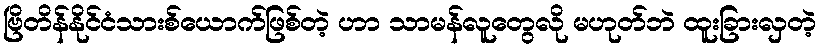
ဗြိတိန်နိုင်ငံသားစ်ယောက်ဖြစ်တဲ့ ဟာ သာမန်လူတွေလို မဟုတ်ဘဲ ထူးခြားလှတဲ့